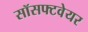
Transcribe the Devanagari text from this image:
सॉसफ्टवेयर